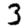
Digit: 3